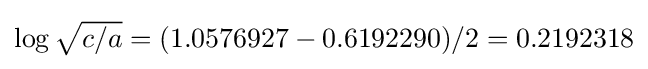
\log {\textstyle {\sqrt {c/a}}}=(1.0576927-0.6192290)/2=0.2192318